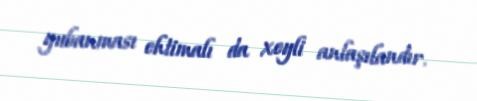
yubanması ehtimalı da xeyli anlaşılandır.